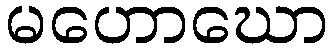
မဟောဃော